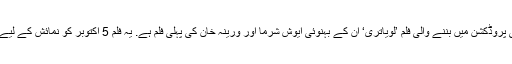
دبنگ سلمان خان کی پروڈکشن میں بننے والی فلم ’لویاتری‘ اُن کے بہنوئی ایوش شرما اور ورینہ خان کی پہلی فلم ہے. یہ فلم 5 اکتوبر کو نمائش کے لیے پیش کی جائے گی۔